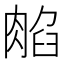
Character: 𦜿